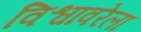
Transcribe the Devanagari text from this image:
विश्वावरेला